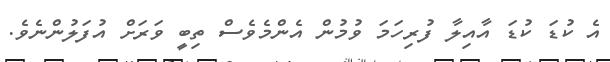
އެ ކުޑަ ކުޑަ އާއިލާ ފުރިހަމަ ވުމުން އެންމެވެސް ތިބީ ވަރަށް އުފަލުންނެވެ.